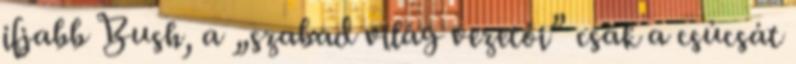
ifjabb Bush, a „szabad világ vezetői” csak a csúcsát